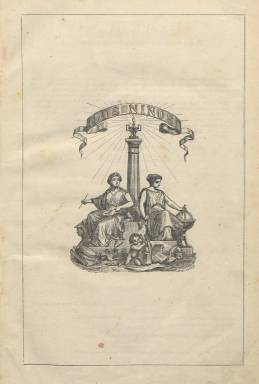
Título: Los Niños (Madrid)
Colección: Revistas infantiles
Ámbito geográfico: Madrid
Lugar de publicación: Madrid
Fechas: 01/01/1870-15/04/1876

Esta revista dedicada a la infancia, y dirigida también a madres y padres, “marcó el inicio de una progresiva consolidación” de este tipo de prensa en España, según señala Mercedes Chivelet (2009). Teniendo como modelo al periódico parisino Magasin d’Éducation et récréation (1863), en el que escribía, entre otros, Julio Verne, es fundada y dirigida por quien se había vinculado desde su juventud a la prensa infantil, el periodista, escritor y abogado Carlos Frontaura y Vázquez (1835-1910). Ilustrada con muchos grabados, aparece su primera entrega el diez de marzo de 1870, con el subtítulo “revista de educación y recreo” y el lema “instruir deleitando”, con el fin de ofrecer una “buena educación religiosa, moral, científica, artística y literaria”.

Además de Frontaura, en sus páginas colaboran “los más distinguidos escritores y artistas”, como señala la propia revista, cuya nómina es verdaderamente abultada, y que el director los atrae para que dediquen parte de su creación literaria a un público infantil y juvenil, con textos en prosa (leyendas, cuentos, etc.) y verso (poemas, máximas, pensamientos morales, etc.).

Entre estos colaboradores se encontrarán Manuel Ossorio y Bernard, que junto a su consejos morales en verso, escribirá crónicas históricas; Antonio Trueba, que tendrá además una sección propia bajo el epígrafe Conferencias infantiles; José Díaz Benítez, que tiene la titulada Escenas infantiles; Juan Eugenio Hartzenbusch, Modesto Lafuente, Antonio de los Ríos y Rosas, Manuel Cañete, José Zorrilla, Antonio Arnao, Ramón de Campoamor, Leopoldo Augusto de Cueto, Antonio Cánovas del Castillo, Juan Nicasio Gallego, Francisco Martínez de la Rosa, Antonio Ferrer del Río, Narciso Serra, Pedro Felipe Monlau, Joaquín Olmedilla y Puig, Manuel Tamayo y Baus, Aureliano Fernández Guerra, Francisco de la Cortina, Arturo Cotarelo, José Fernández Bremón, Julio Nombela, Francisco Miquel y Badía, Miguel Agustín Príncipe, Juan Pérez de Guzmán, Teodoro Guerreo o Florencio Janer, entre otros.

También contará con la colaboración de periodistas y escritoras, como Fernán Caballero (Cecilia Böhl de Faber y Larrea), Robustiana Armiño, Gertrudis Gómez de Avellaneda, Ángela Grassi o María del Pilar Sinués. Publica asimismo textos de autores extranjeros, en concreto, franceses.

Además de retratos, vistas, escenas, tipos, edificios monumentales o humor gráfico, entre otros grabados, insertará páginas autógrafas de personalidades de la ciencia o la literatura, entre las que se encuentran algunos de sus colaboradores, y en enero de 1875 llega a publicar la primera historieta gráfica de la prensa española.

En sus dibujos aparecen las firmas de Francisco Ortego, Tomás y Ramón Padró, Zarza, Giménez, Jalón, Urrabieta, González, Miranda, Mariani, Sánchez, Meléndez, Espínola, Sala, Zarza y Martínez Hebert. Y entre los grabadores, las de Burgos, Capúz, Severini, Traver, Pérez, Toro, Marie, Arrufat, Sadurní y Massi.

Fue estampada, primero, en imprenta propia, y después en la de Aribau y Compañía (Sucesores de Rivadeneyra), en entregas entre 16 y 24 páginas y foliación correlativa, compuestas a dos columnas, con periodicidad decenal, apareciendo los días 10, 20 y último de cada mes. Con una cubierta a dos tintas, forma tomos semestrales, en torno a las 300 páginas cada uno, y el número 15 del tomo XIV es el último de la primera serie, y también de la colección de la Biblioteca Nacional de España (BNE), correspondiente al 30 de abril de 1876. A partir del tercer tomo, incluye un índice, al final. También editó almanaques anuales, que distribuía gratis para sus suscriptores. Fue premiada en la Exposición Universal de Viena de 1873 y en la de Filadelfia de 1876. Estuvo publicándose en Madrid hasta 1877. Este título fue recuperado para ser editado en Barcelona, dirigido también por Carlos Frontaura, donde se publicó desde 1883 a 1893, que también forma parte de la colección de la BNE. Martínez Arancón publicó en 2005 un trabajo sobre este título.